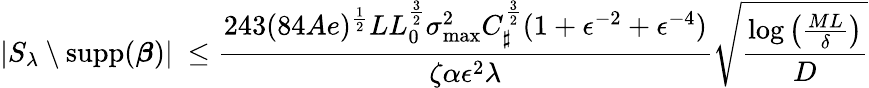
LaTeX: |S_{\lambda}\setminus\operatorname{supp}({\boldsymbol{\beta}})|~\leq\frac{243(84Ae)^{\frac 12}LL_{0}^{\frac 32}\sigma_{\operatorname*{max}}^{2}C_{\sharp}^{\frac 32}(1+\epsilon^{-2}+\epsilon^{-4})}{\zeta\alpha\epsilon^{2}\lambda}\sqrt{\frac{\log\left(\frac{ML}{\delta}\right)}D}